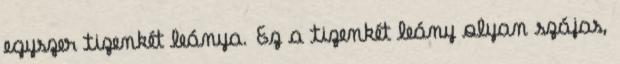
egyszer tizenkét leánya. Ez a tizenkét leány olyan szájas,